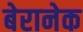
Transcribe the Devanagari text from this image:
बेरानेक